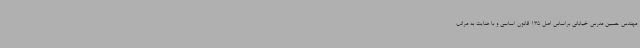
مهندس حسین مدرس خیابانی براساس اصل 135 قانون اساسی و با عنایت به مراتب